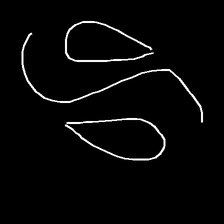
Glyph: water